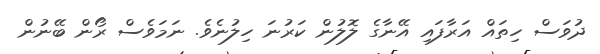
ދުވަސް ހިތައް އަރާފައި އޭނާގެ ލޮލުން ކަރުނަ ހިލުނެވެ. ނަމަވެސް ރޯން ބޭނުން